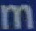
m